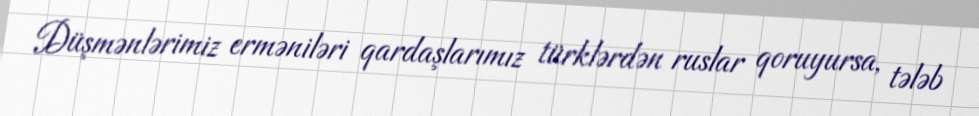
Düşmənlərimiz erməniləri qardaşlarımız türklərdən ruslar qoruyursa, tələb